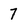
Character: 7